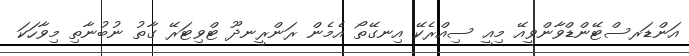
އަންޑަރސްޓޭންޑްވާންވީއޭ މިއީ ސިއްރެކޭ އިނގޭތޯ އެމެން ރަންރީނދޫ ޓްވިޓަރޭ ގާތު ނުބުނާތި މިވާހަކަ